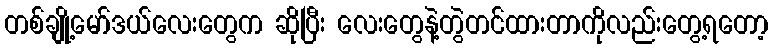
တစ်ချို့မော်ဒယ်လေးတွေက ဆိုပြီး လေးတွေနဲ့တွဲတင်ထားတာကိုလည်းတွေ့ရတော့